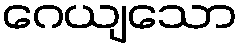
ဂေယျသော